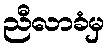
ညီလာခံမှ